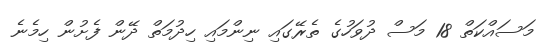
މަސައްކަތް 18 މަސް ދުވަހުގެ ތެރޭގައި ނިންމައި ހިދުމަތް ދޭން ފެށުން ހިމެނެ